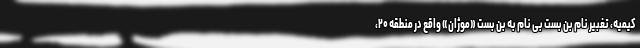
کیمیه، تغبیر نام بن بست بی نام به بن بست «موژان» واقع در منطقه ۲۰،